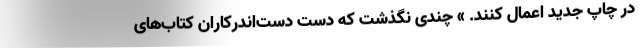
در چاپ جدید اعمال کنند. » چندی نگذشت که دست دست‌اندرکاران کتاب‌های